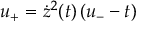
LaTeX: u _ { + } = \dot { z } ^ { 2 } ( t ) \left( u _ { - } - t \right)